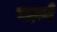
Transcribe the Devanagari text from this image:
वहाने